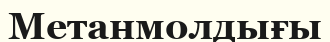
Метанмолдығы